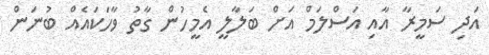
އަދި ސަމީރާ އާއި އަސްލަމް އަށް ބަލާލީ އެމީހުން ގާތު ވާހަކައެއް ބުނަން